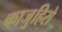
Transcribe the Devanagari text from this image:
काजुहिरो